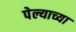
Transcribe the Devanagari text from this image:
पेल्याच्या